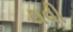
થવી